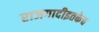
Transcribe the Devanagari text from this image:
राजगादीइतकेच